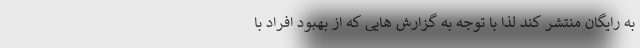
به رایگان منتشر کند لذا با توجه به گزارش هایی که از بهبود افراد با